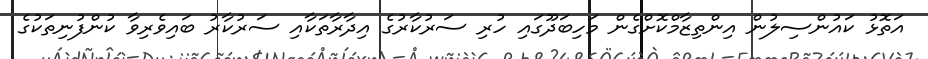
އަތޮޅު ކައުންސިލުން އިންތިޒާމްކޮށްގެން މަހިބަދޫގައި ހުރި ސަރުކާރުގެ އިދާރާތަކާއި ސަރުކާރު ބައިވެރިވާ ކުންފުނިތަކުގެ